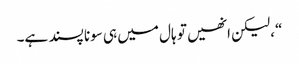
“، لیکن انھیں تو ہال میں ہی سونا پسند ہے۔